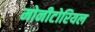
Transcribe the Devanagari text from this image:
मोनीटोरियल